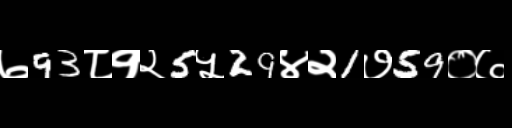
Text: ७93८१२5५29४२1७59०७